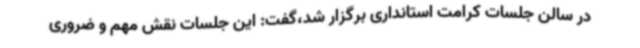
در سالن جلسات کرامت استانداری برگزار شد،گفت: این جلسات نقش مهم و ضروری